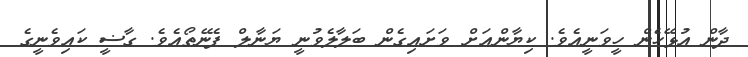
ދާން އުޅޭހެން ހީވަނީއެވެ. ކިޔާންއަށް ވަށައިގެން ބަލާލެވުނީ ޔަނާލް ފެނޭތޯއެވެ. ގާޟީ ކައިވެނީގެ